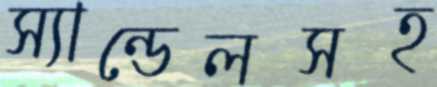
স্যান্ডেলসহ